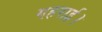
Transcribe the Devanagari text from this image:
गहराई।